Vaccination in Burma 1889-1999 - 1889-1999
Year: 1889
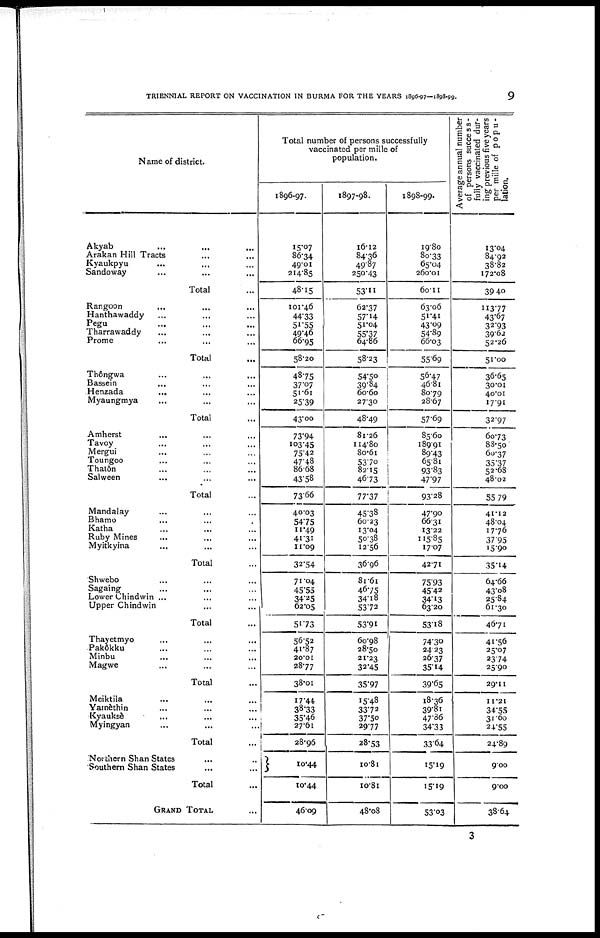
TRIENNIAL REPORT ON VACCINATION IN BURMA FOR THE YEARS 1896-97—1898-99.
9
Name of district.
Akyab ... ... ...
Arakan Hill Tracts ... ...
Kyaukpyu ... ...
Sandoway
...
...
...
Total ...
Rangoon
...
...
Hanthawaddy ... ...
Pegu ... ...
Tharrawaddy ... ...
Prome ... ...
Total ...
Thôngwa ... ...
Bassein ... ...
Henzada
...
...
Myaungmya ... ...
Total ...
Amherst ... ...
Tavoy ... ...
Mergui ... ...
Toungoo ... ...
Thatôn ... ...
Salween ... ...
Total ...
Mandalay ... ...
Bhamo ... ...
Katha ... ...
Ruby Mines ... ...
Myitkyina ... ...
Total ...
Shwebo ... ...
Sagaing ... ...
Lower Chindwin ... ...
Upper Chindwin ... ...
Total ...
Thayetmyo ... ...
Pakôkku ... ...
Minbu ... ...
Magwe ... ...
Total ...
Meiktila ... ...
Yamèthin ... ...
Kyauksè ... ...
Myingyan ... ...
Total ...
Northern Shan States ... ...
Southern Shan States ... ...
Total ...
GRAND TOTAL ...
Total number of persons successfully
vaccinated per mille of
population.
1896-97.
15.07
86.34
49.01
214.85
48.15
101.46
44.33
51.55
49.46
66.95
58.20
48.75
37.07
51.61
25.39
43.00
73.94
103.45
75.42
47.48
86.68
43.58
73.66
40.03
54.75
11.49
41.31
11.09
32.54
71.04
45.55
34.25
62.05
51.73
56.52
41.87
20.01
28.77
38.01
17.44
38.33
35.46
27.61
28.96
10.44
10.44
46.09
1897-98.
16.12
84.36
49.87
250.43
53.11
62.37
57.14
51.04
55.37
64.86
58.23
54.50
39.84
60.60
27.30
48.49
81.26
114.80
80.61
53.70
82.15
46.73
77.37
45.39
60.23
13.04
50.38
12.56
36.96
81.61
46.75
34.18
53.72
53.91
60.98
28.50
21.23
32.45
35.97
15.48
33.72
37.50
29.77
28.53
10.81
10.81
48.08
1898-99.
19.80
80.33
65.04
260.01
60.11
63.06
51.41
43.09
54.89
66.03
55.69
56.47
46.81
80.79
28.67
57.69
85.60
189.91
89.43
65.81
93.83
47.97
93.28
47.90
66.31
13.22
115.85
17.07
42.71
75.93
45.42
34.13
63.20
53.18
74.30
24.23
26.37
35.14
39.65
18.36
39.81
47.86
34.33
33.64
15.19
15.19
53.03
Average annual number
of persons success-
fully vaccinated dur-
ing previous five years
per mille of popu-
lation.
13.04
84.92
38.82
172.08
39.40
113.77
43.67
32.93
39.62
52.26
51.00
36.65
30.01
40.01
17.91
32.97
60.73
88.50
60.37
35.37
52.68
48.02
55.79
41.12
48.84
17.76
37.95
15.90
35.14
64.66
43.08
25.84
61.30
46.71
41.56
25.07
23.74
25.90
29.11
11.21
34.55
31.60
24.55
24.89
9.00
9.00
38.64
3